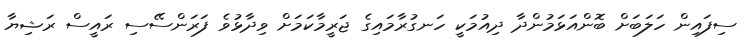
ސިފައިން ހަލަބަށް ބޮންއަޅަމުންދާ ދިއުމަކީ ހަނގުރާމައިގެ ޖަރީމާކަމަށް ވިދާޅުވެ ފަރަންސޭސި ރައީސް ރަޝިޔާ